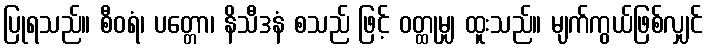
ပြုရသည်။ စီဝရံ၊ ပတ္တော၊ နိသီဒနံ စသည် ဖြင့် ဝတ္ထုမျှ ထူးသည်။ မျက်ကွယ်ဖြစ်လျှင်